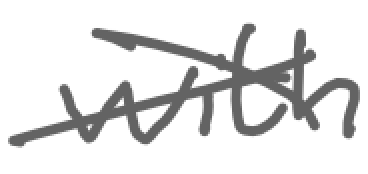
Text: with
Cross-out: cross
Writing tool: digital_gray